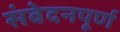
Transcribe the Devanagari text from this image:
संवेदनपूर्ण